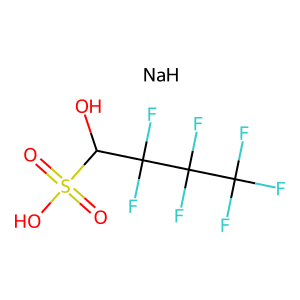
SMILES: O=S(=O)(O)C(O)C(F)(F)C(F)(F)C(F)(F)F.[NaH]
Inhibits HIV replication: No